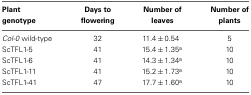
| Plant genotype | Days to flowering | Number of leaves | Number of plants |
 | --- | --- | --- | --- |
 | Col-0 wild-type | 32 | 11.4 ± 0.54 | 5 |
 | ScTFL1-5 | 41 | 15.4 ± 1.35a | 10 |
 | ScTFL1-6 | 41 | 14.3 ± 1.34a | 10 |
 | ScTFL1-11 | 41 | 15.2 ± 1.73a | 10 |
 | ScTFL1-41 | 47 | 17.7 ± 1.60a | 10 |